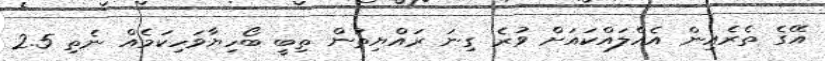
އޭގެ ތެރެއިން އެއްލައްކައަށް ވުރެ ގިނަ ރައްޔިތުން ތިބީ ބޯހިޔާވަހިކަމެއް ނެތި 2.5